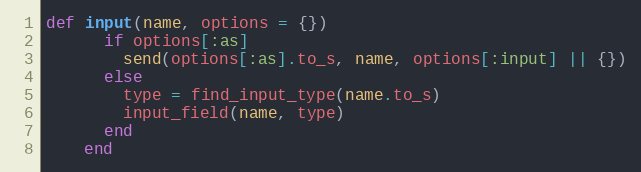
Language: Ruby
def input(name, options = {})
      if options[:as]
        send(options[:as].to_s, name, options[:input] || {})
      else
        type = find_input_type(name.to_s)
        input_field(name, type)
      end
    end